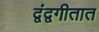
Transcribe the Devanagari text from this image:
द्वंद्वगीतात